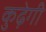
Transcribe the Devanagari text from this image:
कुढ़ेगी